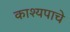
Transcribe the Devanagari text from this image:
काश्यपाचे